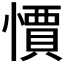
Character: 𭞼